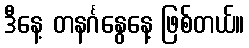
ဒီနေ့ တနင်္ဂနွေနေ့ ဖြစ်တယ်။